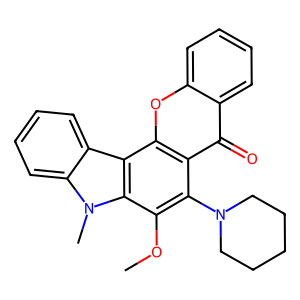
SMILES: COc1c(N2CCCCC2)c2c(=O)c3ccccc3oc2c2c3ccccc3n(C)c12
Inhibits HIV replication: No